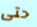
حتى